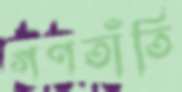
গণতাঁতি